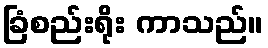
ခြံစည်းရိုး ကာသည်။